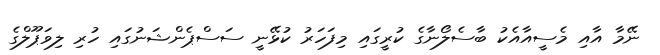
ނޭމާ އާއި މެސީއާއެކު ބާސެލޯނާގެ ކުރީގައި މިފަހަރު ކުޅޭނީ ސަސްޕެންޝަނުގައި ހުރި ލިވަޕޫލްގެ